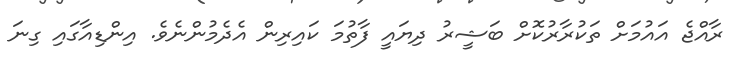
ރާއްޖެ އައުމަށް ތަކުރާރުކޮށް ބަޝީރު ދިޔައީ ފާތުމަ ކައިރިން އެދެމުންނެވެ. އިންޑިއާގައި ގިނަ